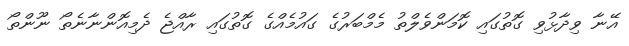
އޭނާ ވިދާޅުވި ގޮތުގައި ކޮމަންވެލްތު މެމްބަރުގެ ގައުމެއްގެ ގޮތުގައި ރާއްޖެ ދެމިއޮންނާނެތޯ ނޫންތޯ